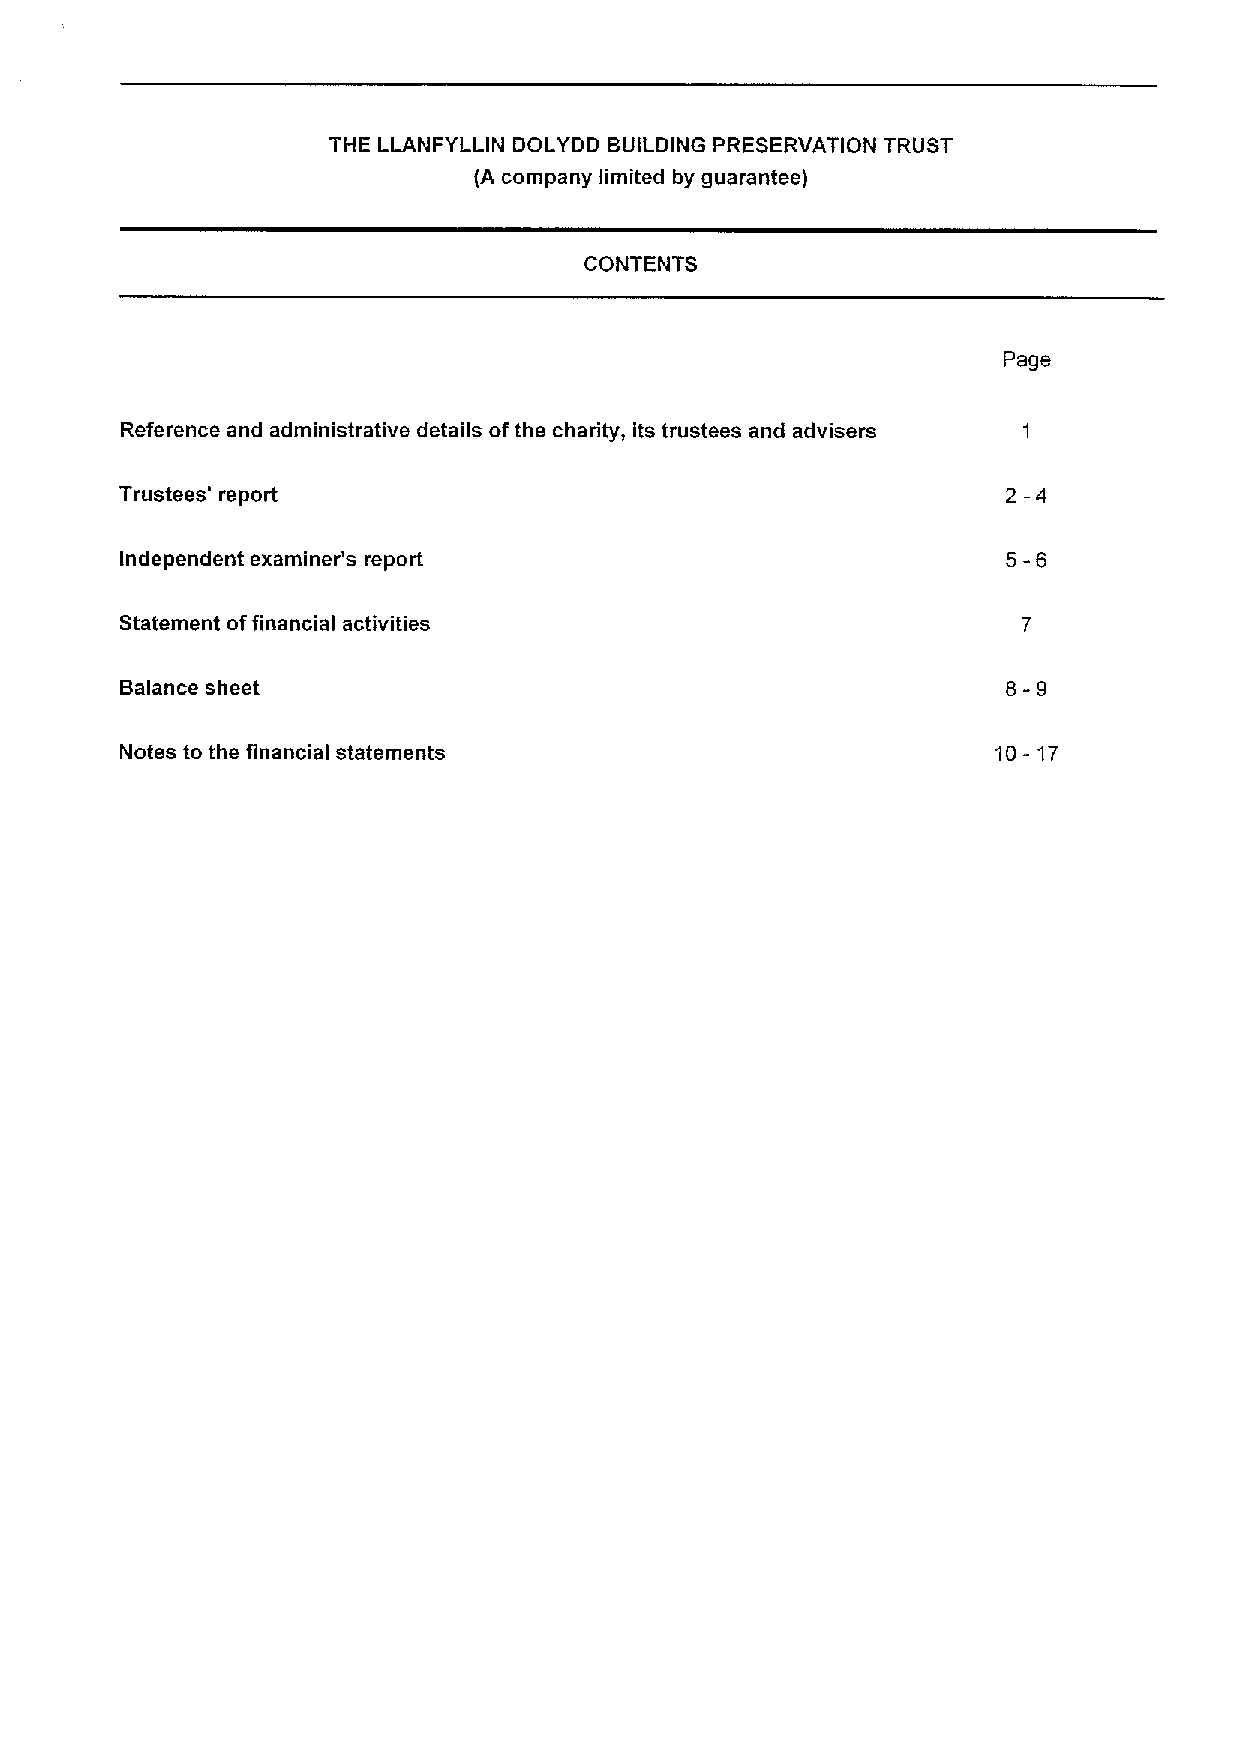
THE LLANFYLLIN DOLYDD BUILDING PRESERVATION TRUST
 (A company limited by guarantee)
 CONTENTS
 Page
 Reference and administrative details ofthe charity, its trustees and advisers
 Trustees' report                                           2-4
 5-6
 Independent examiner's report
 Statement offinancial activities
 8-9
 Balance sheet
 Notes to the financial statements                         10- 17